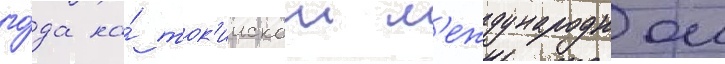
го́да на́ ток'иискои м'еждународнои